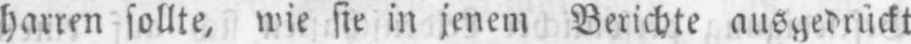
harren sollte, wie sie in jenem Berichte ausgedrückt